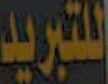
للتبريد